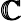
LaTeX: \pmb{\mathbb{C}}